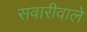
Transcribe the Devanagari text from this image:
सवारीवाले